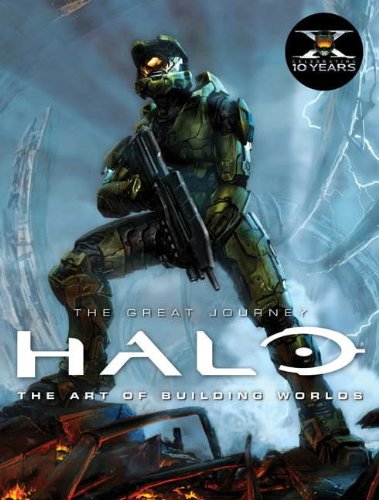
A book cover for Halo: The Art of Building Worlds; Titan Books; Arts & Photography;